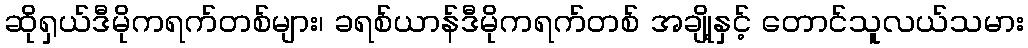
ဆိုရှယ်ဒီမိုကရက်တစ်များ၊ ခရစ်ယာန်ဒီမိုကရက်တစ် အချို့နှင့် တောင်သူလယ်သမား